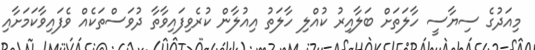
މިއަދުގެ ސިޔާސީ ހާލަތަށް ބަލާއިރު ކުއްލި ހާލަތު އިއުލާން ކުރެވިފައިވާތާ ދުވަސްތަކެއް ވެފައިވާކަމަށާއި